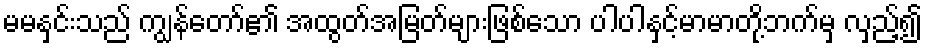
မမနှင်းသည် ကျွန်တော်၏ အထွတ်အမြတ်များဖြစ်သော ပါပါနှင့်မာမာတို့ဘက်မှ လှည့်၍